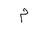
Letter: _mim